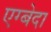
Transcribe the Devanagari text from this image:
एग्बेदा